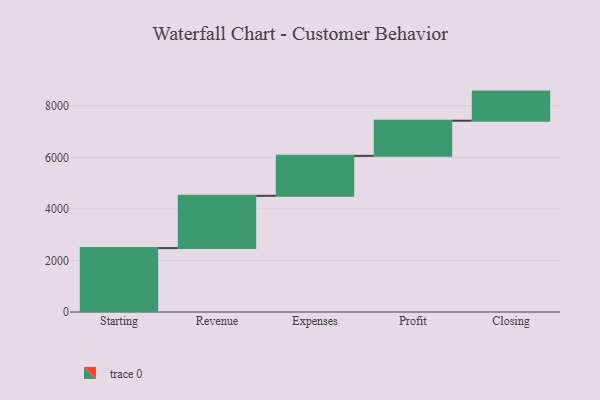
{"axis": {"x": "Step", "y": "Value"}, "legend": [""], "data": [{"x": "Starting", "y": 2480.0, "type": ""}, {"x": "Revenue", "y": 2028.0, "type": ""}, {"x": "Expenses", "y": 1551.0, "type": ""}, {"x": "Profit", "y": 1364.0, "type": ""}, {"x": "Closing", "y": 1129.0, "type": ""}]}